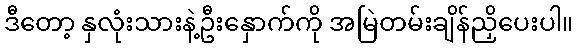
ဒီတော့ နှလုံးသားနဲ့ဦးနှောက်ကို အမြဲတမ်းချိန်ညှိပေးပါ။